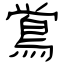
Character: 鴬